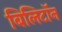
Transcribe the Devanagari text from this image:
बिलिटॉन